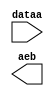
module lpm_compare_y (
	dataa,
	aeb);

	input	[9:0]  dataa;
	output	  aeb;

endmodule